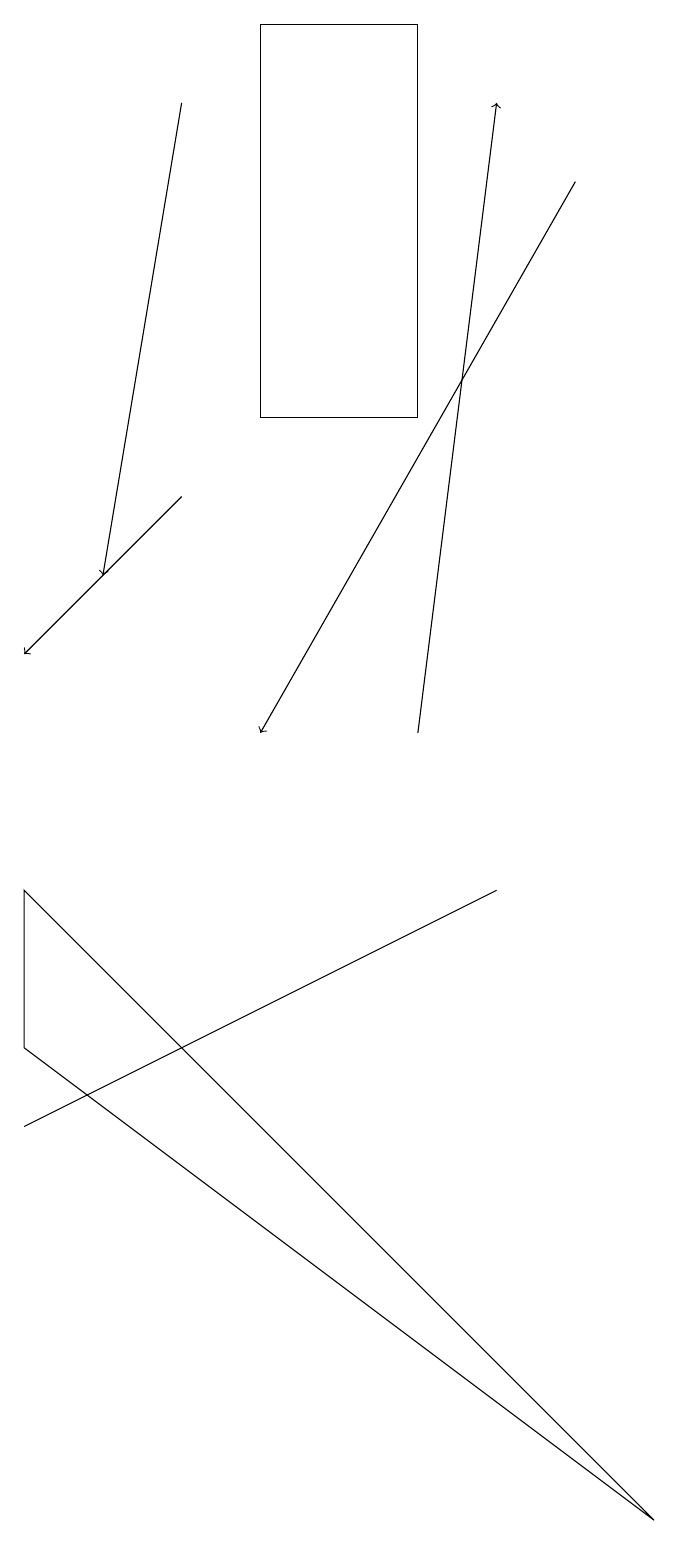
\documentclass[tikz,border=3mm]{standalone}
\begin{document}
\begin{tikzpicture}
\draw[->] (6,10) -- (7,18);
\draw[->] (3,13) -- (1,11);
\draw[->] (3,18) -- (2,12);
\draw (7,8) -- (7,8) -- (1,5) -- cycle;
\draw[->] (8,17) -- (4,10);
\draw (9,0) -- (1,6) -- (1,8) -- cycle;
\draw (4,14) rectangle (6,19);
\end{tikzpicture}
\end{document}